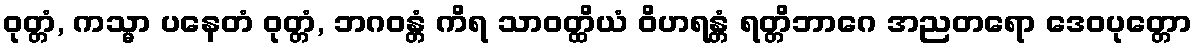
ဝုတ္တံ, ကသ္မာ ပနေတံ ဝုတ္တံ, ဘဂဝန္တံ ကိရ သာဝတ္ထိယံ ဝိဟရန္တံ ရတ္တိဘာဂေ အညတရော ဒေဝပုတ္တော